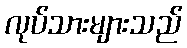
လုပ်သားများသည်